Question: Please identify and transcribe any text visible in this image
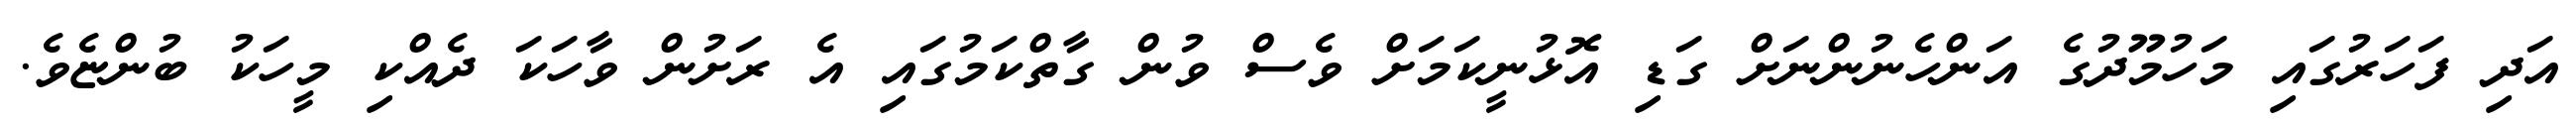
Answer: އަދި ފަހަރުގައި މަހުމޫދުގެ އަންހެނުންނަށް ގަޑި އޮޅުނީކަމަށް ވެސް ވުން ގާތްކަމުގައި އެ ރަށުން ވާހަކަ ދެއްކި މީހަކު ބުންޏެވެ.